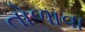
તોળાવા